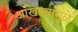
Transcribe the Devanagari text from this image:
आखल्यामुळे